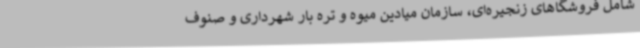
شامل فروشگاهای زنجیره‌ای، سازمان میادین میوه و تره بار شهرداری و صنوف